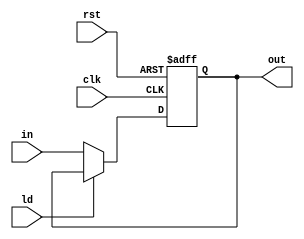
module register(clk, rst, ld, in, out);
    input clk, rst, ld; 
    input[31:0] in;
    output reg[31:0] out;

    always @(posedge clk, posedge rst)
	begin
		if(rst) 
            out <= 0;
		else if(~ld)
            out <= in;
	end

endmodule